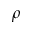
\rho